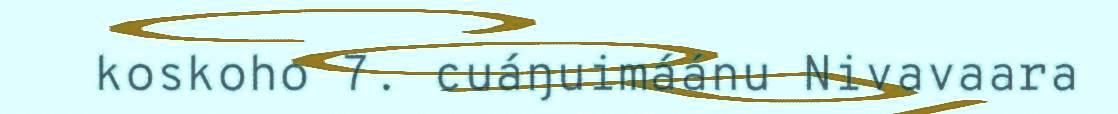
koskoho 7. cuáŋuimáánu Nivavaara